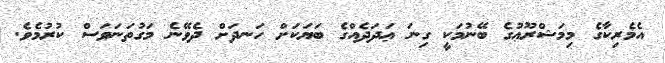
އެމެރިކާގެ މިމަޝްރޫޢުގެ ބޭނުމަކީ ގިނަ ޢަދަދެއްގެ ބަޔަކަށް ހަނދަށް ދެވޭނެ މަގުތަނަވަސް ކުރުމެވެ.